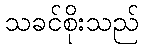
သခင်စိုးသည်